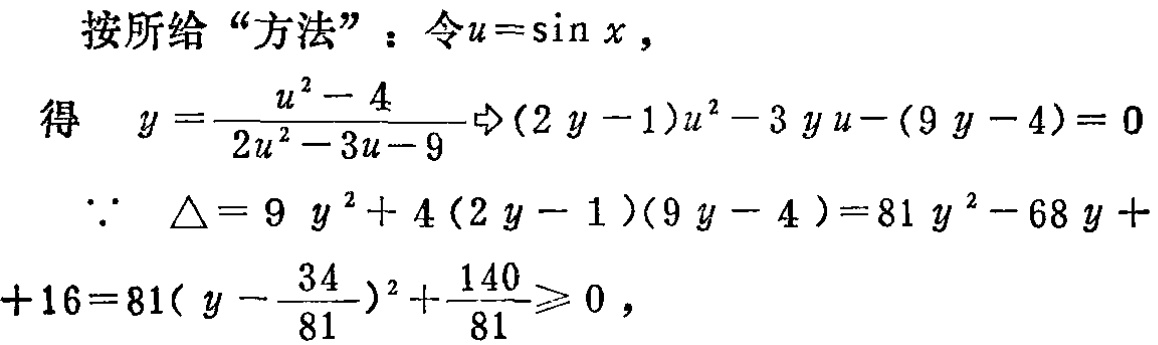
按所给“方法”：令\(u = \sin x\)，

得 \(y = \frac{u^{2}-4}{2u^{2}-3u - 9}\Rightarrow(2y - 1)u^{2}-3yu-(9y - 4)=0\)

\(\because\ \Delta = 9y^{2}+4(2y - 1)(9y - 4)=81y^{2}-68y + 16=81\left(y-\frac{34}{81}\right)^{2}+\frac{140}{81}\geqslant0\)，